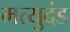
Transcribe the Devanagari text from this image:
मत्युदंड